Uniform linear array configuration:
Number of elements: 16
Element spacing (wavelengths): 0.25
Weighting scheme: hann
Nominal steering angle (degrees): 45
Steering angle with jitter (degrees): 46.43
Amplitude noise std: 0.05
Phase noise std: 0.05

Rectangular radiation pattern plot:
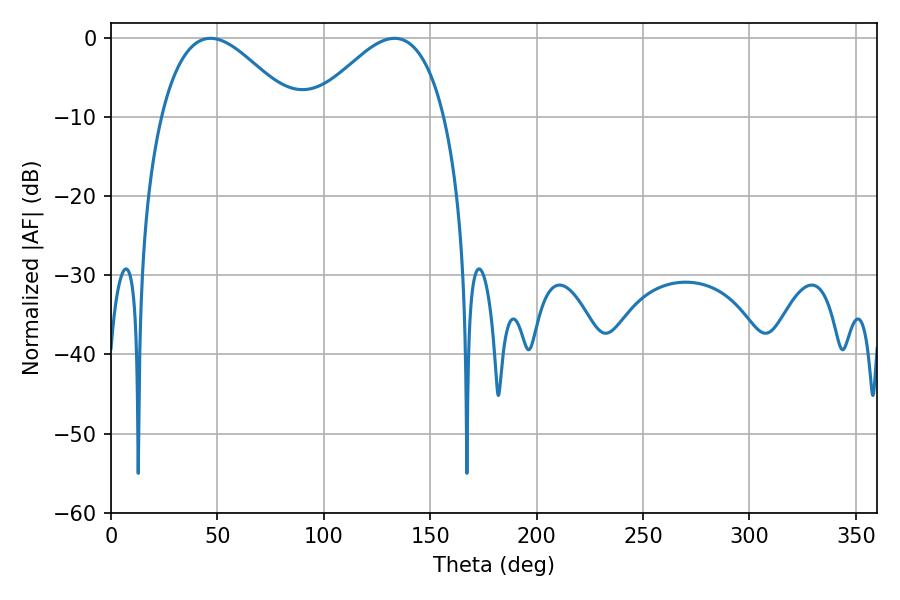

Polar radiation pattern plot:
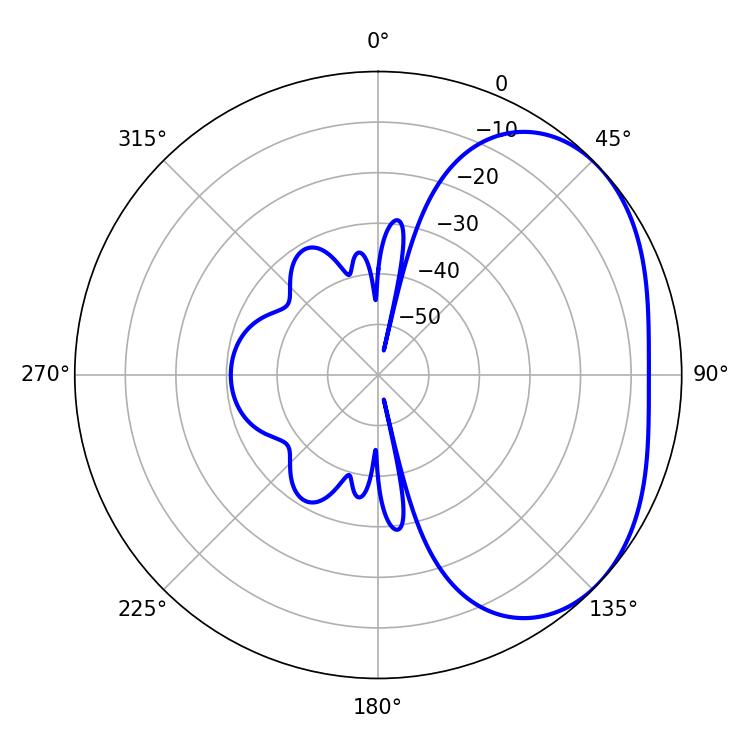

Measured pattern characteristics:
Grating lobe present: FALSE
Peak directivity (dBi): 3.016
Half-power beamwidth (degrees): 33.66
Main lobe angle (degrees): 46.8